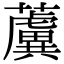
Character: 𧃢